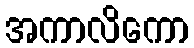
အကာလိကော